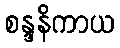
စန္ဒနိကာယ